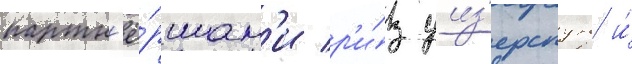
партн'ё́ршам'и р'и́з уиз'ерспун и́